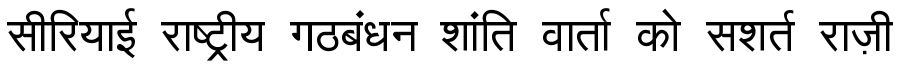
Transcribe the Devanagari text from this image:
सीरियाई राष्ट्रीय गठबंधन शांति वार्ता को सशर्त राज़ी